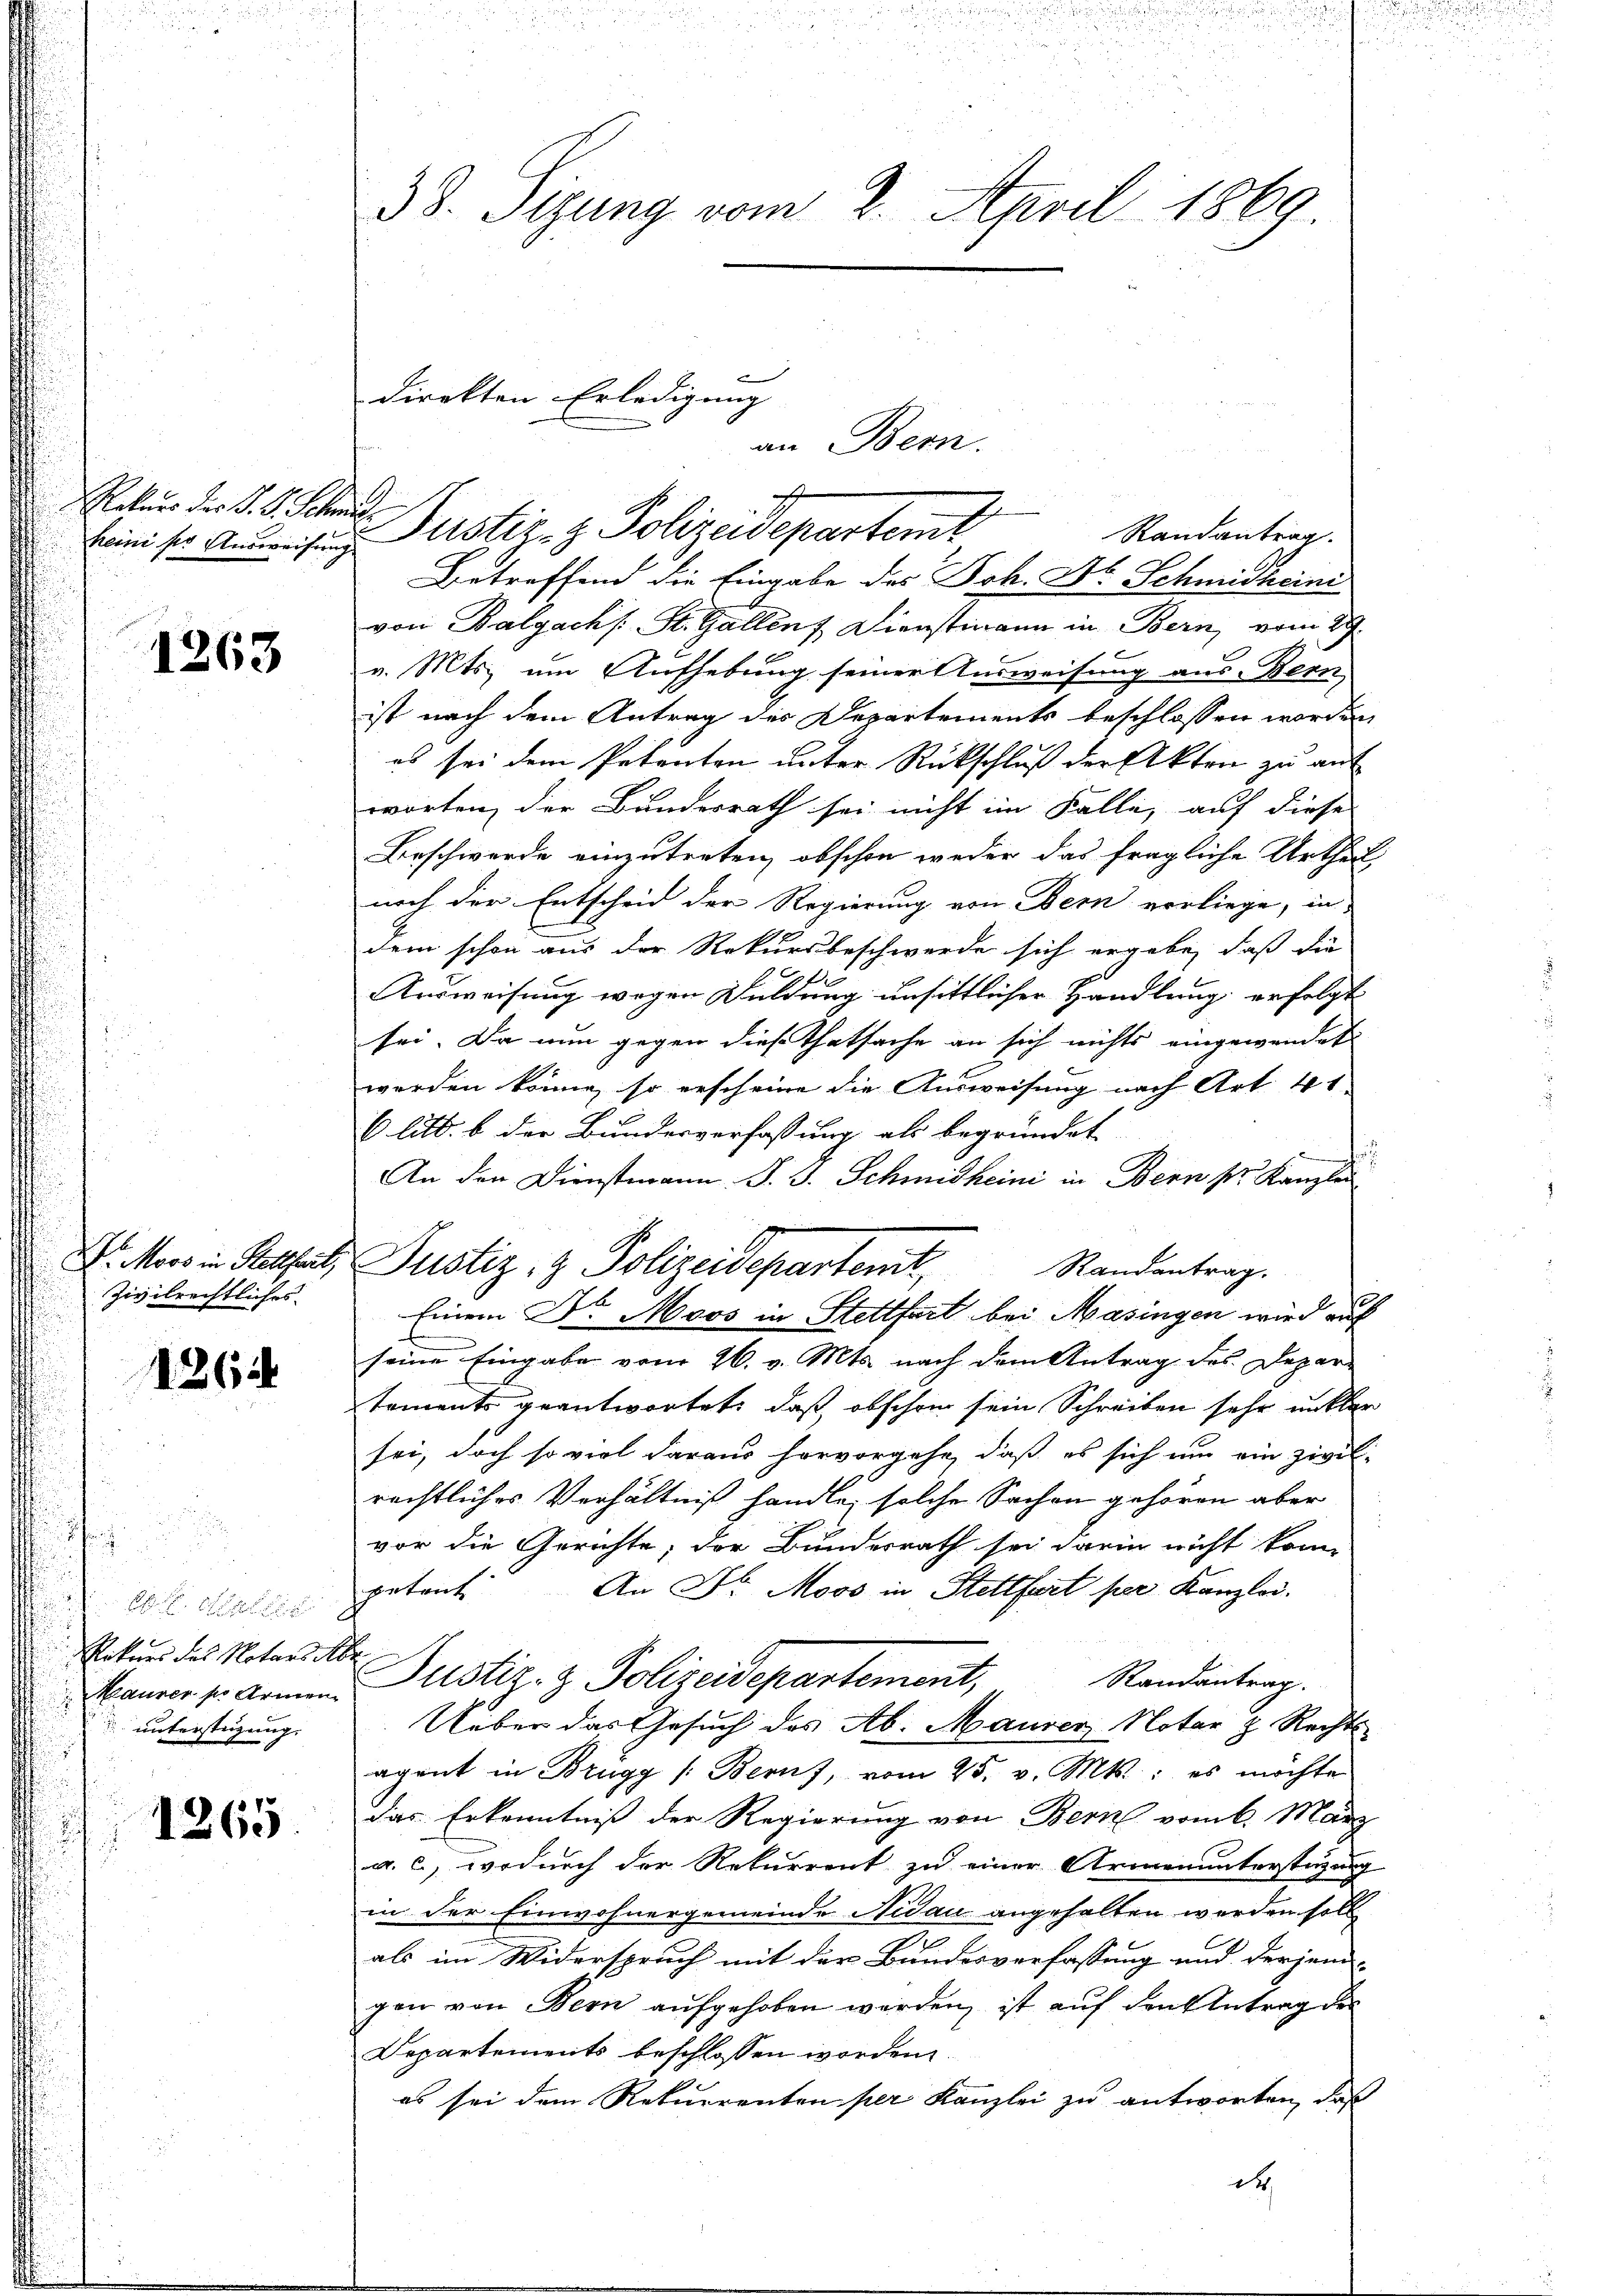
Rekurs des S. S. Schen
heini ser Ausweisung

1263

Zivilrechtliches

1264

A. Hegel
1
Retors des Notars Ab
Maurer pr Armen
unterstüzung.
n

1265

38. Sizung vom 2. April 1869

direkten Erledigung
an Bern.

g
 Justiz- & Polizeidepartem
Randantrag
Betreffend die Eingabe des Joh. A. Schmidheini
von Balgachs: St. Gallens, Dienstmann in Bern, vom 29.
v. Mts. um Aufhebung seiner Ausweisung aus Bern
ist nach dem Antrag des Departements beschlossen worden
es sei dem Petenten unter Rückschluß der Akten zu auf
worten, der Bundesrath sei nicht im Falle, auf diese
Beschwerde einzutreten, obschon weder das fragliche Urtheil
noch der Entscheid der Regierung von Bern vorliege, in
dem schon aus der Rekursbeschwerde sich ergebe, daß die
f
Ausweisung wegen Duldung unsittlicher Handlung erfolgt
sei. Da nun gegen diese Thatsache an sich nichts eingewendet
B
worden könne, so erscheine die Ausweisung nach Art. 41
6 litt. b der Bundesverfassung als begründet
d
An den Dienstmann P. J. Schmidheini in Bern pr. Kanzlei
Randantrag.
Einem Dr. Moos in Stettfurt bei Masingen wird auf
seine Eingabe vom 26. v. Mts. nach dem Antrag des Depar-
toments geantwortet, daß obschon sein Schreiben sehr unkler
sei, doch so viel daraus hervorgehe, daß es sich um ein zivil-
rechtliches Verhältniß handle, solche Sachen gehören aber
vor die Gerichte; der Bundesrath sei darin nicht konn
petent
An Dr. Moos in Stettfurt per Kanzlei.
d
Justiz- & Polizeidepartement,
Randantrag.
Ueber das Gesuch des Ab. Maurer Notar z. Rechts-
agant in Brugg /: Beruf, vom 25. v. Mts.: es möchte
das Erkenntniß der Regierung von Bern vom 6. März
a. c., wodurch der Rekurrent zu einer Armenunterstüzung
in der Einwohnergemeinde Nidau angehalten werden soll
als im Widerspruch mit der Bundesverfassung und derjeni
gen von Bern aufgehoben werden, ist auf den Antrag des
Departements beschlossen worden.
es sei dem Rekurrenten per Kanzlei zu antworten, daß
d

Dr. Moos in Kettert, Justiz- & Polizeidepartemt,

2